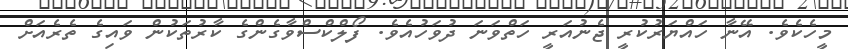
މީހެކެވެ. އޭނާ ހައްޔަރުކުރީ ޖެނުއަރީ ހަތްވަނަ ދުވަހުއެވެ. ފޯލްކްސްވާގެންގެ ކާރުތަކުން ވައިގެ ތެރެއަށް